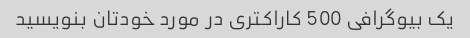
یک بیوگرافی 500 کاراکتری در مورد خودتان بنویسید